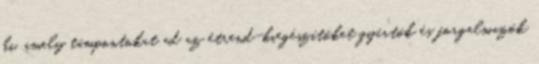
ki, amely támpontokat ad az étrend-kiegészítőket gyártók és forgalmazók